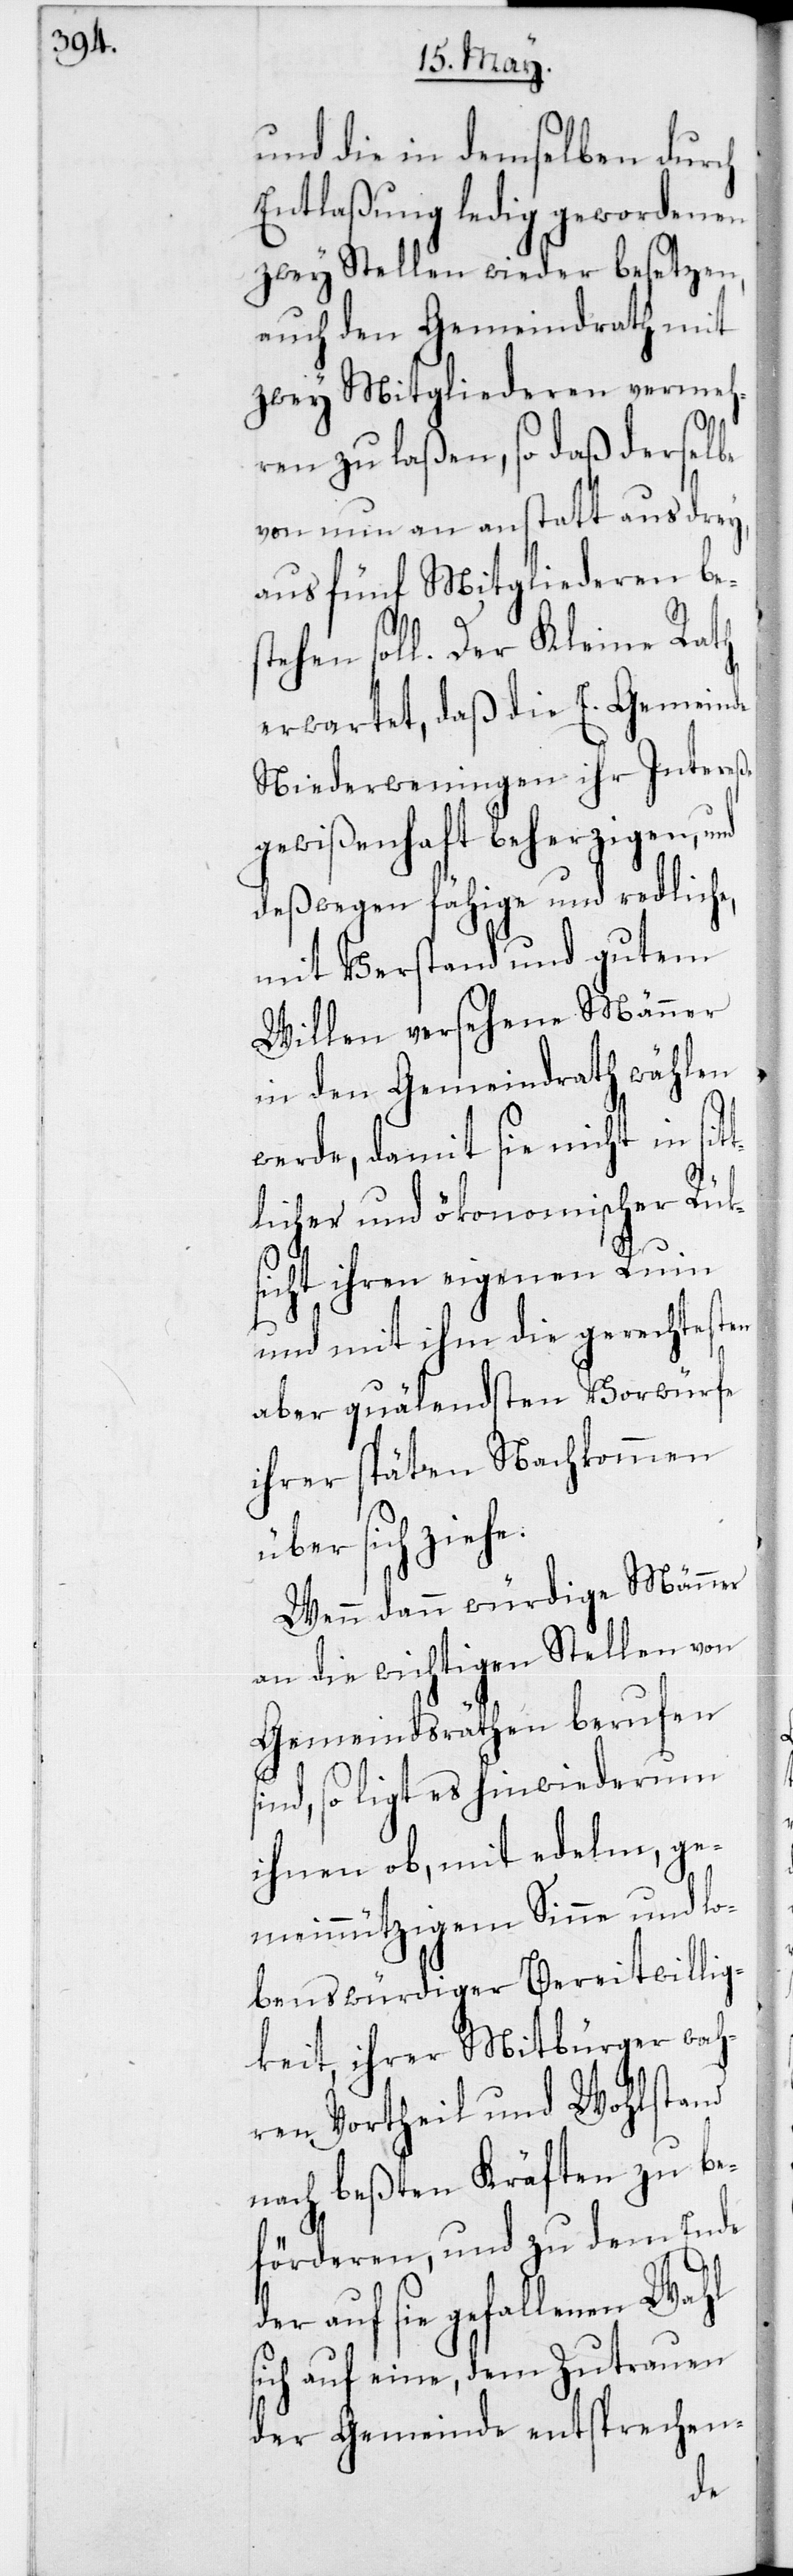
und die in demselben durch
Entlaßung ledig gewordenen
zwey Stellen wieder besetzen,
auch den Gemeindrath mit
zwey Mitgliederen vermeh¬
ren zu laßen, so daß derselbe
von nun an anstatt aus drey,
aus fünf Mitgliederen bes¬
tehen soll. Der Kleine Rath
erwartet, daß die E. Gemeinde
Niederweningen ihr Intereße
gewißenhaft beherzigen und
deßwegen fähige und redliche,
mit Verstand und gutem
Willen versehene Männer
in den Gemeindrath wählen
werde, damit sie nicht in sit¬
tlicher und ökonomischer Rük¬
sicht ihren eigenen Ruin
und mit ihm die gerechtesten
aber quälendsten Vorwürfe
ihrer späten Nachkommen
über sich ziehe.
Wenn dann würdige Männer
an die wichtigen Stellen von
Gemeindsräthen berufen
sind, so ligt es hinwiederum
ihnen ob, mit edelm, ge¬
meinnützigem Sinne und lo¬
benswürdiger Bereitwillig¬
keit, ihrer Mitbürger wah¬
ren Vortheil und Wohlstand
nach beßten Kräften zu be¬
förderen, und zu dem Ende
auf sie gefallenen Wahl
sich auf eine, dem Zutrauen
der Gemeinde entsprechen-
der